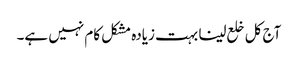
آج کل خلع لینا بہت زیادہ مشکل کام نہیں ہے۔